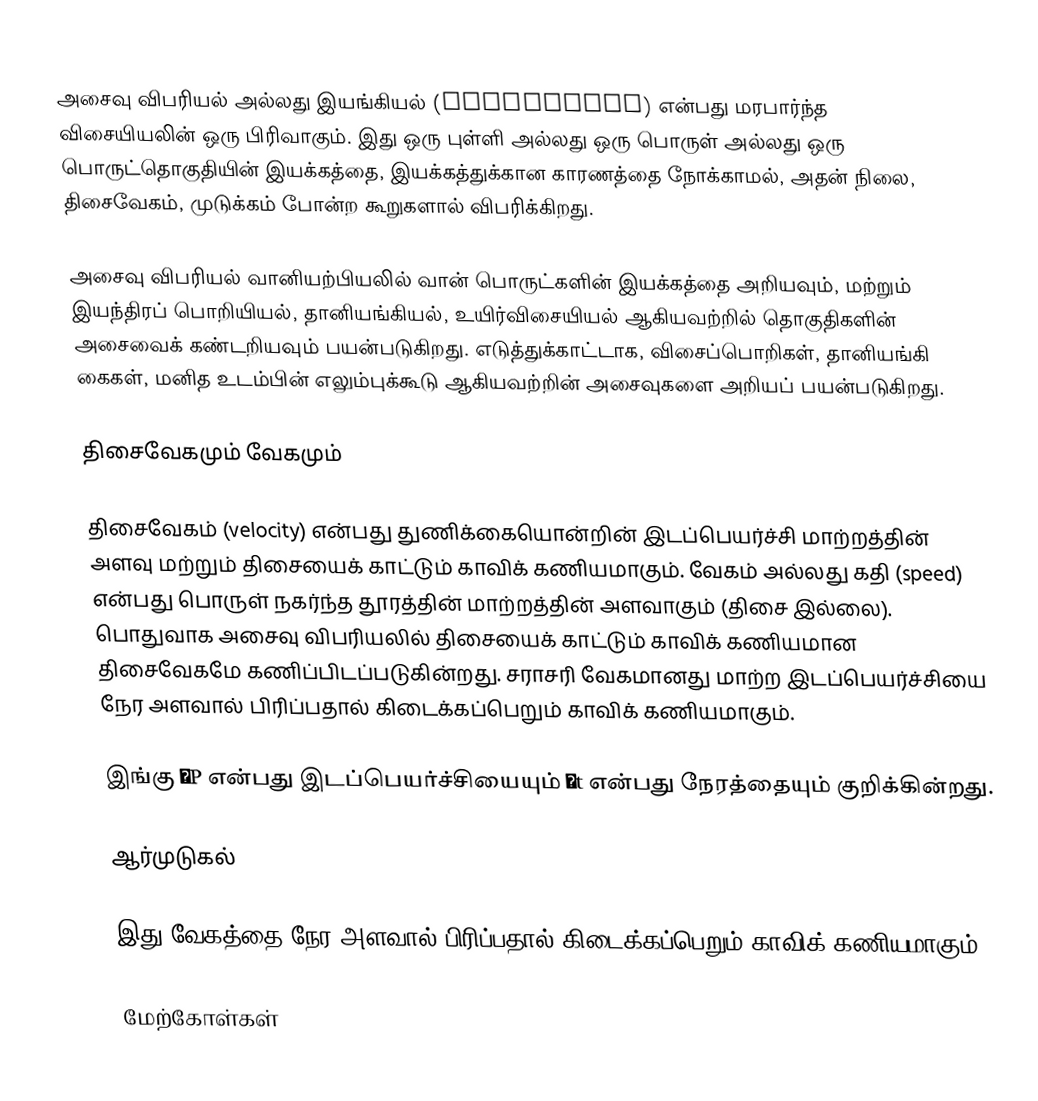
அசைவு விபரியல் அல்லது இயங்கியல் (kinematics) என்பது மரபார்ந்த விசையியலின் ஒரு பிரிவாகும். இது ஒரு புள்ளி அல்லது ஒரு பொருள் அல்லது ஒரு பொருட்தொகுதியின் இயக்கத்தை, இயக்கத்துக்கான காரணத்தை நோக்காமல், அதன் நிலை, திசைவேகம், முடுக்கம் போன்ற கூறுகளால் விபரிக்கிறது.

அசைவு விபரியல் வானியற்பியலில் வான் பொருட்களின் இயக்கத்தை அறியவும், மற்றும் இயந்திரப் பொறியியல், தானியங்கியல், உயிர்விசையியல் ஆகியவற்றில் தொகுதிகளின் அசைவைக் கண்டறியவும் பயன்படுகிறது. எடுத்துக்காட்டாக, விசைப்பொறிகள், தானியங்கி கைகள், மனித உடம்பின் எலும்புக்கூடு ஆகியவற்றின் அசைவுகளை அறியப் பயன்படுகிறது.

திசைவேகமும் வேகமும்

திசைவேகம் (velocity) என்பது துணிக்கையொன்றின் இடப்பெயர்ச்சி மாற்றத்தின் அளவு மற்றும் திசையைக் காட்டும் காவிக் கணியமாகும். வேகம் அல்லது கதி (speed) என்பது பொருள் நகர்ந்த தூரத்தின் மாற்றத்தின் அளவாகும் (திசை இல்லை). பொதுவாக அசைவு விபரியலில் திசையைக் காட்டும் காவிக் கணியமான திசைவேகமே கணிப்பிடப்படுகின்றது. சராசரி வேகமானது மாற்ற இடப்பெயர்ச்சியை நேர அளவால் பிரிப்பதால் கிடைக்கப்பெறும் காவிக் கணியமாகும்.

இங்கு ΔP என்பது இடப்பெயர்ச்சியையும் Δt என்பது நேரத்தையும் குறிக்கின்றது.

ஆர்முடுகல்

இது வேகத்தை நேர அளவால் பிரிப்பதால் கிடைக்கப்பெறும் காவிக் கணியமாகும்.

மேற்கோள்கள்